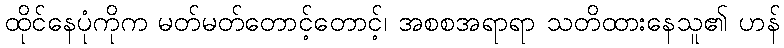
ထိုင်နေပုံကိုက မတ်မတ်တောင့်တောင့်၊ အစစအရာရာ သတိထားနေသူ၏ ဟန်